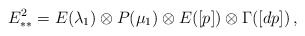
\begin{align*}E^2_{**} = E(\lambda_1) \otimes P(\mu_1) \otimes E([p])\otimes \Gamma([dp]) \,,\end{align*}